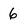
Character: 6